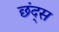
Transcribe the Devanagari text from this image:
छंद्स